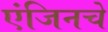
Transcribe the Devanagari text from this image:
एंजिनचे